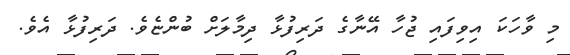
މި ވާހަކަ އިވިފައި ޖުހާ އޭނާގެ ދަރިފުޅާ ދިމާލަށް ބުންޏެވެ. ދަރިފުޅާ އެވެ.